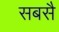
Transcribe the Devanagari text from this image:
सबसै